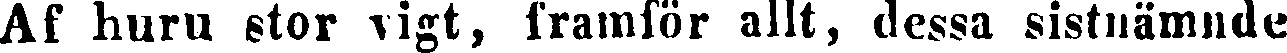
Af huru stor vigt, framför allt, dessa sistnämnde